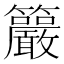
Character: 䉷